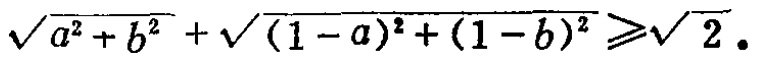
\(\sqrt{a^{2}+b^{2}}+\sqrt{(1 - a)^{2}+(1 - b)^{2}}\geqslant\sqrt{2}\)